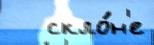
   скло́н'е